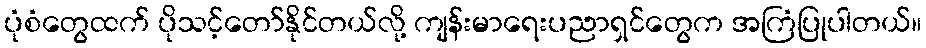
ပုံစံတွေထက် ပိုသင့်တော်နိုင်တယ်လို့ ကျန်းမာရေးပညာရှင်တွေက အကြံပြုပါတယ်။